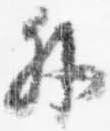
外